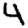
Digit: 4